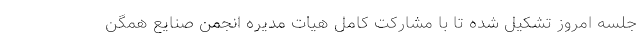
جلسه امروز تشکیل شده تا با مشارکت کامل هیات مدیره انجمن صنایع همگن